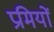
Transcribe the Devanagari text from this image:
प्रमियों